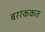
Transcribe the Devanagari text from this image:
बररककत